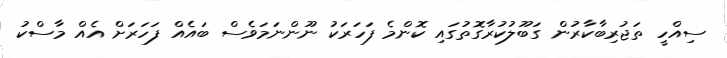
ސިއްހީ ތަޖުރިބާކާރުން ގަބޫލުކުރާގޮތުގައި ކޮންމެ ފަހަރަކު ނޫންނަމަވެސް ބައެއް ފަހަރަށް އެއް މާސްކު